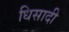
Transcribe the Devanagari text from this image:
धिसादी